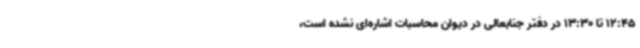
12:45 تا 13:30 در دفتر جنابعالی در دیوان محاسبات اشاره‌ای نشده است،